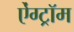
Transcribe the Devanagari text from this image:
ऐंग्ट्रॉम